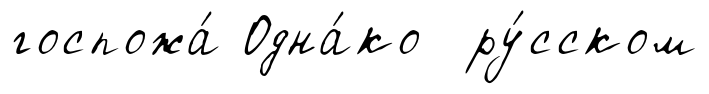
госпожа́ Одна́ко ру́сском